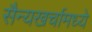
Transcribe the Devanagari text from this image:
सैन्यखर्चामध्ये